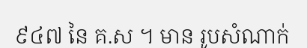
៩៤៧ នៃ គ.ស ។ មាន រូបសំណាក់